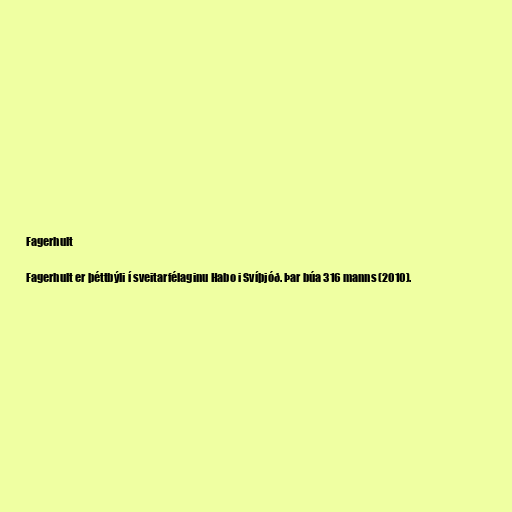
Fagerhult

Fagerhult er þéttbýli í sveitarfélaginu Habo i Svíþjóð. Þar búa 316 manns (2010).